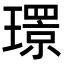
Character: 𤪁